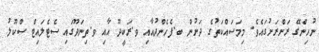
ނުހިންގޭ ރަށްރަށުގައެވެ. މިމަސައްކަތުގެ ދަށުން ބ.ފެހެންދުއާއި ވ.ރަކީދޫ އާއި ވ.ތިނަދޫގައި ސެޓެލައިޓް ސްކޫލު